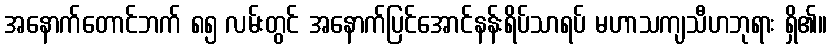
အနောက်တောင်ဘက် ၈၅ လမ်းတွင် အနောက်ပြင်အောင်နန်းရိပ်သာရပ် မဟာသကျသီဟဘုရား ရှိ၏။